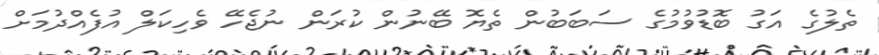
ތެލުގެ އަގު ބޮޑުވުމުގެ ސަބަބުން ތެޔޮ ބޭނުން ކުރަން ނުޖެހޭ ވެހިކަލް އުފެއްދުމަށް